Annual statistical returns and brief notes on vaccination in Bengal - 1896-1909
Year: 1896
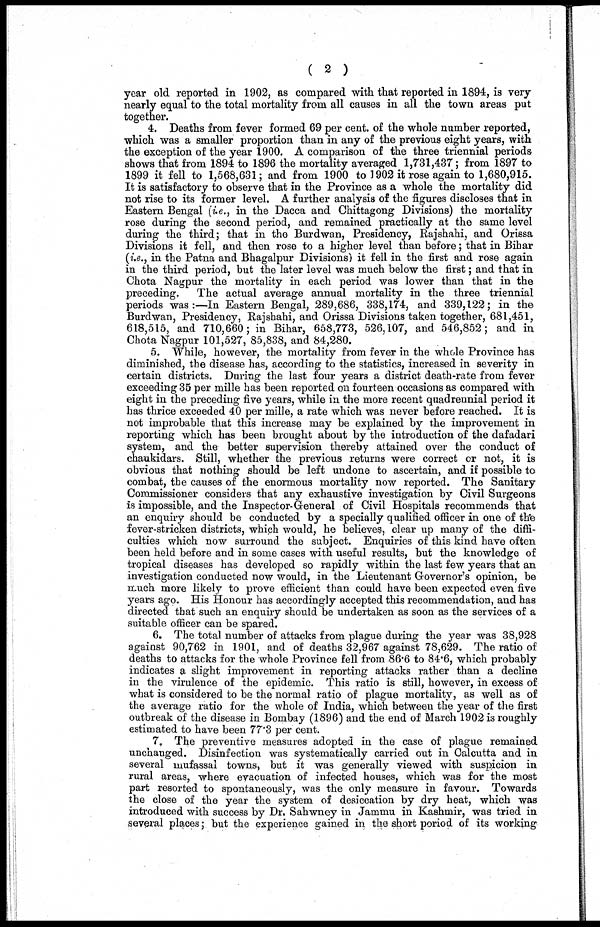
( 2 )
year old reported in 1902, as compared with that reported in 1894, is very
nearly equal to the total mortality from all causes in all the town areas put
together.
4. Deaths from fever formed 69 per cent. of the whole number reported,
which was a smaller proportion than in any of the previous eight years, with
the exception of the year 1900. A comparison of the three triennial periods
shows that from 1894 to 1896 the mortality averaged 1,731,437; from 1897 to
1899 it fell to 1,568,631; and from 1900 to 1902 it rose again to 1,680,915.
It is satisfactory to observe that in the Province as a whole the mortality did
not rise to its former level. A further analysis of the figures discloses that in
Eastern Bengal (i.e., in the Dacca and Chittagong Divisions) the mortality
rose during the second period, and remained practically at the same level
during the third; that in the Burdwan, Presidency, Rajshahi, and Orissa
Divisions it fell, and then rose to a higher level than before; that in Bihar
(i,e., in the Patna and Bhagalpur Divisions) it fell in the first and rose again
in the third period, but the later level was much below the first; and that in
Chota Nagpur the mortality in each period was lower than that in the
preceding.
The actual average annual mortality in the three triennial
periods was :— In Eastern Bengal, 289,686, 338,174, and 339,122; in the
Burdwan, Presidency, Rajshahi, and Orissa Divisions taken together, 681,451,
618,515, and 710,660; in Bihar, 658,773, 526,107, and 546,852; and in
Chota Nagpur 101,527, 85,838, and 84,280.
5. While, however, the mortality from fever in the whole Province has
diminished, the disease has, according to the statistics, increased in severity in
certain districts. During the last four years a district death-rate from fever
exceeding 35 per mille has been reported on fourteen occasions as compared with
eight in the preceding five years, while in the more recent quadrennial period it
has thrice exceeded 40 per mille, a rate which was never before reached. It is
not improbable that this increase may be explained by the improvement in
reporting which has been brought about by the introduction of the dafadari
system, and the better supervision thereby attained over the conduct of
chaukidars. Still, whether the previous returns were correct or not, it is
obvious that nothing should be left undone to ascertain, and if possible to
combat, the causes of the enormous mortality now reported. The Sanitary
Commissioner considers that any exhaustive investigation by Civil Surgeons
is impossible, and the Inspector- General of Civil Hospitals recommends that
an enquiry should be conducted by a specially qualified officer in one of the
fever-stricken districts, which would, he believes, clear up many of the diffi-
culties which now surround the subject. Enquiries of this kind have often
been held before and in some cases with useful results, but the knowledge of
tropical diseases has developed so rapidly within the last few years that an
investigation conducted now would, in the Lieutenant Governor's opinion, be
much more likely to prove efficient than could have been expected even five
years ago. His Honour has accordingly accepted this recommendation, and has
directed that such an enquiry should be undertaken as soon as the services of a
suitable officer can be spared.
6. The total number of attacks from plague during the year was 38,928
against 90,762 in 1901, and of deaths 32,967 against 78,629. The ratio of
deaths to attacks for the whole Province fell from 86.6 to 84.6, which probably
indicates a slight improvement in reporting attacks rather than a decline
in the virulence of the epidemic. This ratio is still, however, in excess of
what is considered to be the normal ratio of plague mortality, as well as of
the average ratio for the whole of India, which between the year of the first
outbreak of the disease in Bombay (1896) and the end of March 1902 is roughly
estimated to have been 77.3 per cent.
7. The preventive measures adopted in the case of plague remained
unchanged. Disinfection was systematically carried out in Calcutta and in
several mufassal towns, but it was generally viewed with suspicion in
rural areas, where evacuation of infected houses, which was for the most
part resorted to spontaneously, was the only measure in favour. Towards
the close of the year the system of desiccation by dry heat, which was
introduced with success by Dr. Sahwney in Jammu in Kashmir, was tried in
several places; but the experience gained in the short poriod of its working